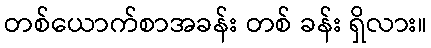
တစ်ယောက်စာအခန်း တစ် ခန်း ရှိလား။